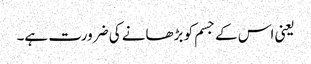
یعنی اس کے جسم کو بڑھانے کی ضرورت ہے۔